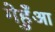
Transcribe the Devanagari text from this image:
गेहुँआ